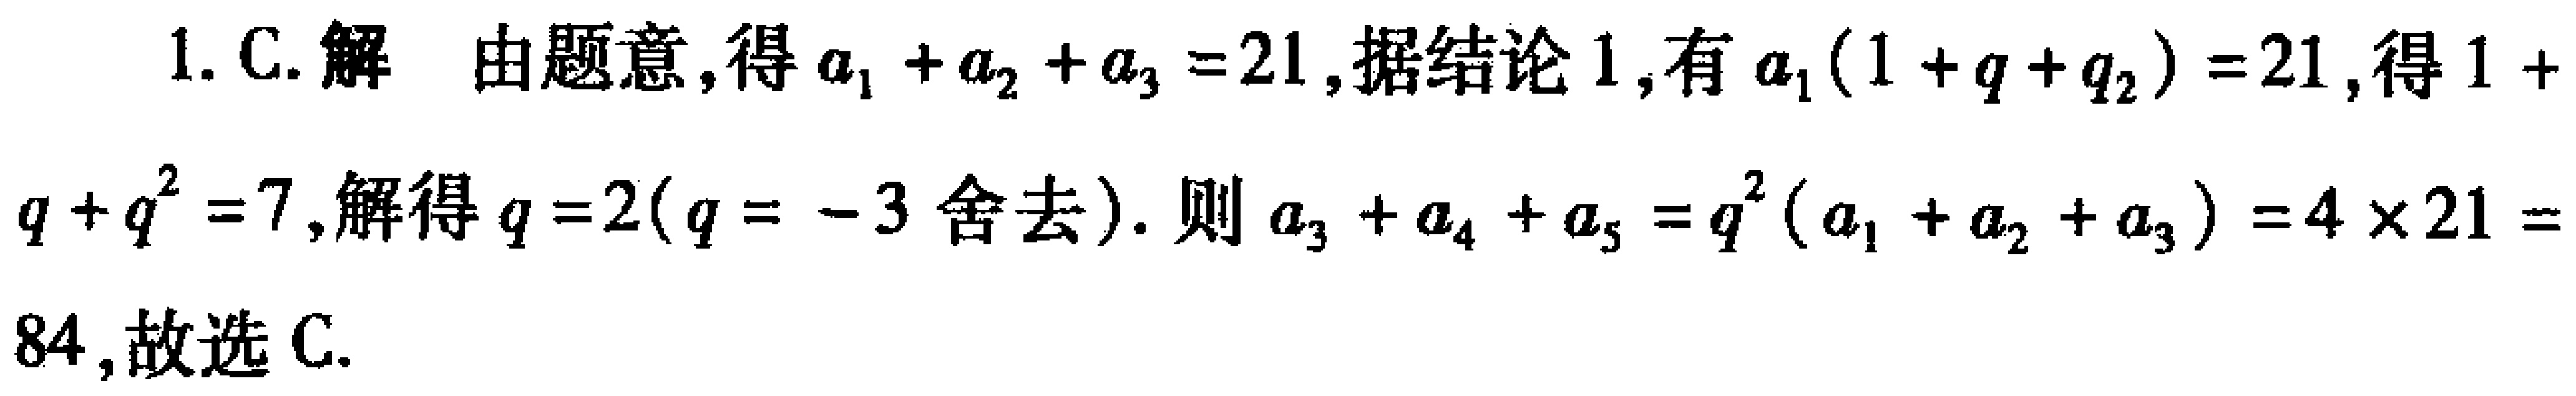
1. C. 解 由题意, 得\(a_{1}+a_{2}+a_{3}=21\), 据结论 1, 有\(a_{1}(1 + q+q_{2}) = 21\), 得\(1 + q+q^{2}=7\), 解得\(q = 2(q=-3\)舍去\().\) 则\(a_{3}+a_{4}+a_{5}=q^{2}(a_{1}+a_{2}+a_{3}) = 4\times21 = 84\), 故选 C.